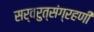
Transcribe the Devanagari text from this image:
सर्वरुत्संग्रहणी